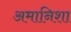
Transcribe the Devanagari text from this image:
अमानिशा